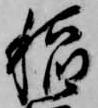
稲